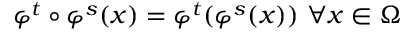
\varphi ^ { t } \circ \varphi ^ { s } ( x ) = \varphi ^ { t } ( \varphi ^ { s } ( x ) ) ~ \forall x \in \Omega